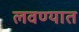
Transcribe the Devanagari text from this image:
लवण्यात